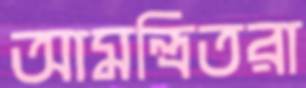
আমন্ত্রিতরা